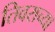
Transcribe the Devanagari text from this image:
तिवराच्या